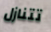
تتنازل